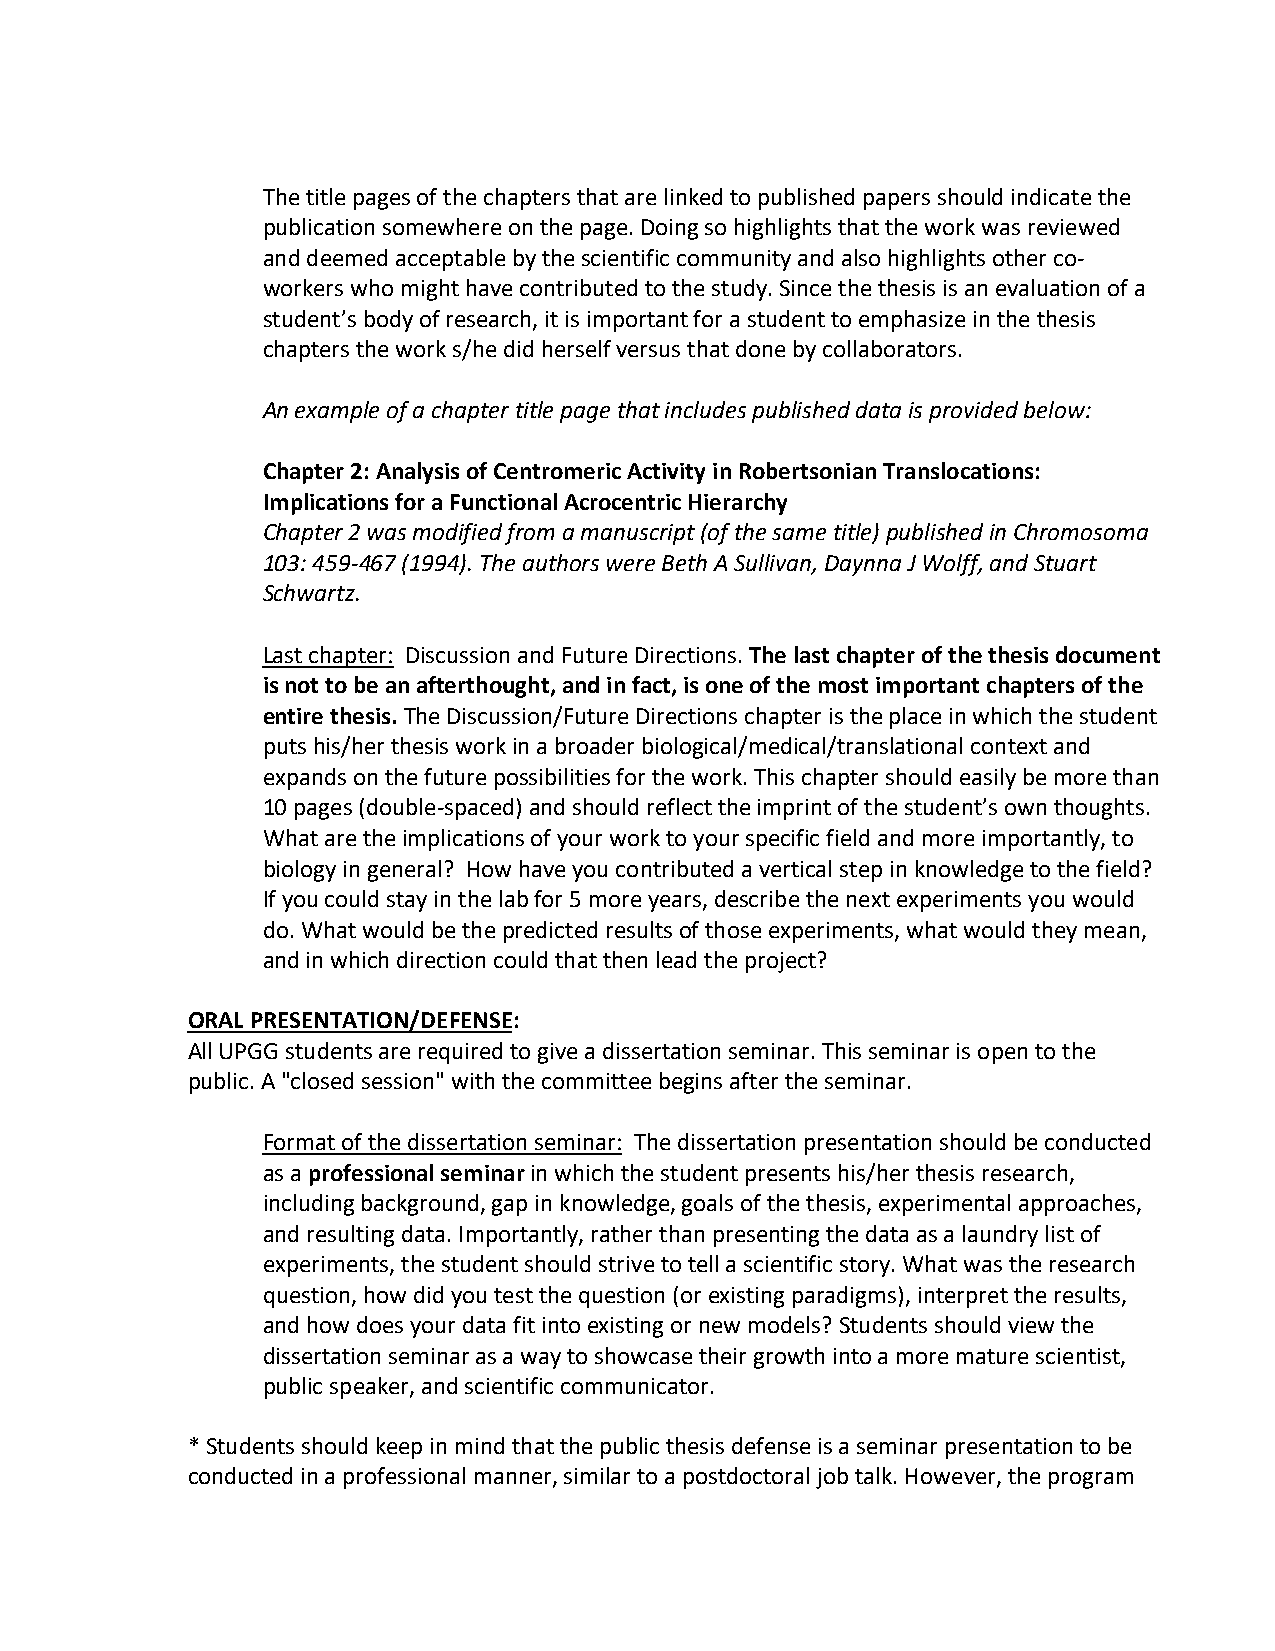
The title pages of the chapters that are linked to published papers should indicate the
 publication somewhere on the page. Doing so highlights that the work was reviewed
 and deemed acceptable by the scientific community and also highlights other co-
 workers who might have contributed to the study. Since the thesis is an evaluation of a
 student’s body of research, it is important for a student to emphasize in the thesis
 chapters the work s/he did herself versus that done by collaborators.
 An example of a chapter title page that includes published data is provided below:
 Chapter 2: Analysis of Centromeric Activity in Robertsonian Translocations:
 Implications for a Functional Acrocentric Hierarchy
 Chapter 2 was modified from a manuscript (of the same title) published in Chromosoma
 103: 459-467 (1994). The authors were Beth A Sullivan, Daynna J Wolff, and Stuart
 Schwartz.
 Last chapter: Discussion and Future Directions. The last chapter of the thesis document
 is not to be an afterthought, and in fact, is one of the most important chapters of the
 entire thesis. The Discussion/Future Directions chapter is the place in which the student
 puts his/her thesis work in a broader biological/medical/translational context and
 expands on the future possibilities for the work. This chapter should easily be more than
 10 pages (double-spaced) and should reflect the imprint of the student’s own thoughts.
 What are the implications of your work to your specific field and more importantly, to
 biology in general? How have you contributed a vertical step in knowledge to the field?
 If you could stay in the lab for 5 more years, describe the next experiments you would
 do. What would be the predicted results of those experiments, what would they mean,
 and in which direction could that then lead the project?
 ORAL PRESENTATION/DEFENSE:
 All UPGG students are required to give a dissertation seminar. This seminar is open to the
 public. A "closed session" with the committee begins after the seminar.
 Format of the dissertation seminar: The dissertation presentation should be conducted
 as a professional seminar in which the student presents his/her thesis research,
 including background, gap in knowledge, goals of the thesis, experimental approaches,
 and resulting data. Importantly, rather than presenting the data as a laundry list of
 experiments, the student should strive to tell a scientific story. What was the research
 question, how did you test the question (or existing paradigms), interpret the results,
 and how does your data fit into existing or new models? Students should view the
 dissertation seminar as a way to showcase their growth into a more mature scientist,
 public speaker, and scientific communicator.
 * Students should keep in mind that the public thesis defense is a seminar presentation to be
 conducted in a professional manner, similar to a postdoctoral job talk. However, the program